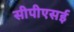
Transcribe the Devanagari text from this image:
सीपीएसई